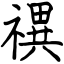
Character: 禩